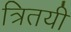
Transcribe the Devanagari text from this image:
त्रितयी